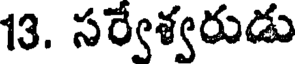
13. సర్వేశ్వరుడు